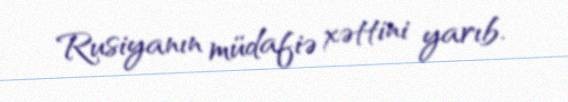
Rusiyanın müdafiə xəttini yarıb.